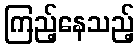
ကြည့်နေသည့်